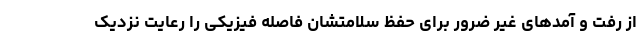
از رفت و آمدهای غیر ضرور برای حفظ سلامتشان فاصله فیزیکی را رعایت نزدیک